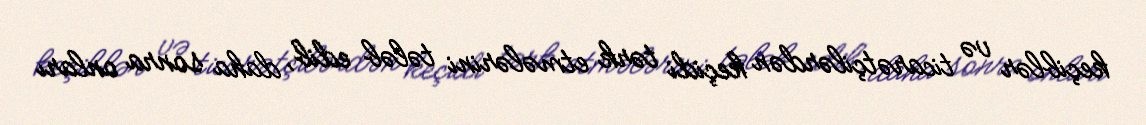
keçiblər və ticarətçilərdən keçidi tərk etmələrini tələb edib, daha sonra onları